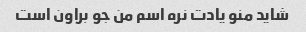
شاید منو یادت نره اسم من جو براون است